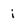
Character: i